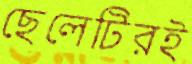
ছেলেটিরই